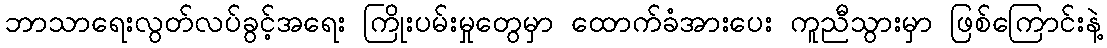
ဘာသာရေးလွတ်လပ်ခွင့်အရေး ကြိုးပမ်းမှုတွေမှာ ထောက်ခံအားပေး ကူညီသွားမှာ ဖြစ်ကြောင်းနဲ့